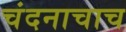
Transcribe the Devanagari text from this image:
चंदनाचाच